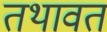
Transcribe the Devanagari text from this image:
तथावत